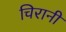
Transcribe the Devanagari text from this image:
चिरानी